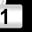
Digit: 1